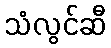
သံလွင်ဆီ